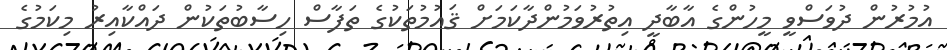
އުމުރުން ދުވަސްވީ މީހުންގެ އާބާދީ އިތުރުވަމުންދާކަމަށް ޤައުމުތަކުގެ ތަފާސް ހިސާބުތަކުން ދައްކާއިރު މިކަމުގެ